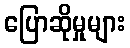
ပြောဆိုမှုများ